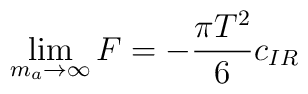
\lim_{m_a\to \infty} F = -\frac{\pi T^2}{6} c_{IR}